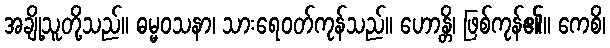
အချို့သူတို့သည်။ ဓမ္မဝသနာ၊ သားရေဝတ်ကုန်သည်။ ဟောန္တိ၊ ဖြစ်ကုန်၏။ ကေစိ၊